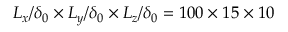
L _ { x } / \delta _ { 0 } \times L _ { y } / \delta _ { 0 } \times L _ { z } / \delta _ { 0 } = 1 0 0 \times 1 5 \times 1 0